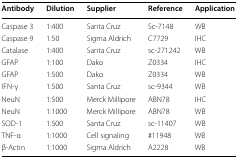
| Antibody | Dilution | Supplier | Reference | Application |
 | --- | --- | --- | --- | --- |
 | Caspase 3 | 1:400 | Santa Cruz | Sc-7148 | WB |
 | Caspase 9 | 1:50 | Sigma Aldrich | C7729 | IHC |
 | Catalase | 1:400 | Santa Cruz | sc-271242 | WB |
 | GFAP | 1:100 | Dako | Z0334 | IHC |
 | GFAP | 1:500 | Dako | Z0334 | WB |
 | IFN-γ | 1:500 | Santa Cruz | sc-9344 | WB |
 | NeuN | 1:500 | Merck Millipore | ABN78 | IHC |
 | NeuN | 1:1000 | Merck Millipore | ABN78 | WB |
 | SOD-1 | 1:500 | Santa Cruz | sc-11407 | WB |
 | TNF-α | 1:1000 | Cell signaling | #11948 | WB |
 | β-Actin | 1:1000 | Sigma Aldrich | A2228 | WB |